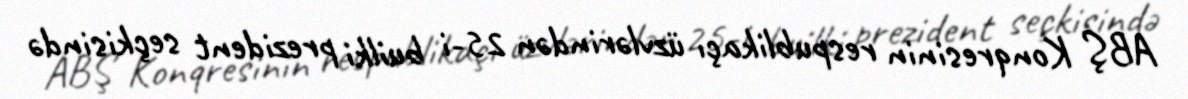
ABŞ Konqresinin respublikaçı üzvlərindən 25-i builki prezident seçkisində